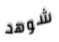
شوهد